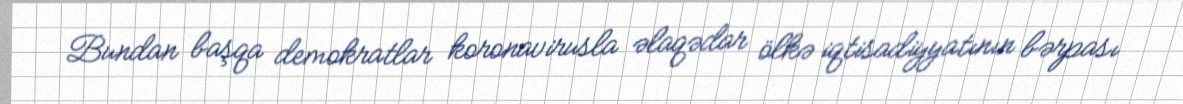
Bundan başqa demokratlar koronavirusla əlaqədar ölkə iqtisadiyyatının bərpası